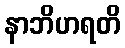
နာဘိဟရတိ